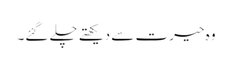
وہ حیرت سے دیکھتے چلے گئے۔